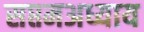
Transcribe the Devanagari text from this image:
सप्तमअध्याय